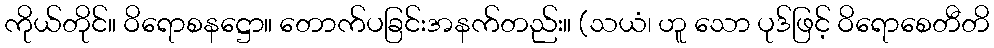
ကိုယ်တိုင်။ ဝိရောစနဋ္ဌော။ တောက်ပခြင်းအနက်တည်း။ (သယံ၊ ဟူ သော ပုဒ်ဖြင့် ဝိရောစေတီတိ